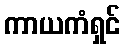
ကာယကံရှင်